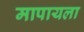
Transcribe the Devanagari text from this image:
मापायला